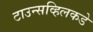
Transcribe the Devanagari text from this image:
टाउन्सव्हिलकडे